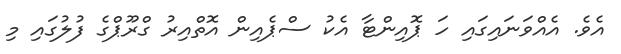
އެވެ. އެއްވަނައިގައި ހަ ޕޮއިންޓާ އެކު ސްޕެއިން އޮތްއިރު ގްރޫޕްގެ ފުލުގައި މި